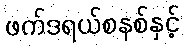
ဖက်ဒရယ်စနစ်နှင့်